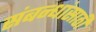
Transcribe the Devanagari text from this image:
संबन्धांसाठी